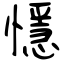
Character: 懚